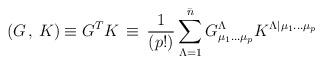
LaTeX: \begin{align*}\left (G \, , \, K \right ) \equiv G^T K \, \equiv \, {{1}\over{(p!)}}\sum_{\Lambda=1}^{\bar n} G^{\Lambda}_{\mu_1\dots\mu_p} K^{\Lambda\vert \mu_1\dots\mu_p }\end{align*}